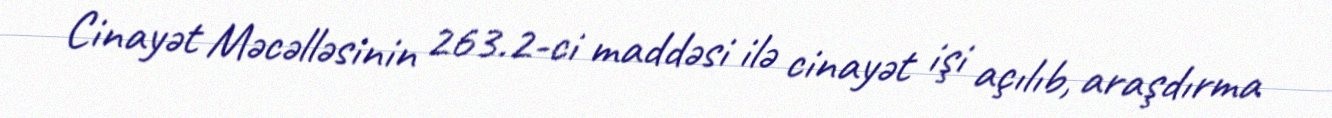
Cinayət Məcəlləsinin 263.2-ci maddəsi ilə cinayət işi açılıb, araşdırma